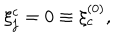
\xi _ { j } ^ { c } = 0 \equiv \xi _ { c } ^ { ( 0 ) } ,